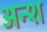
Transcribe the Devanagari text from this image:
अन्श